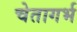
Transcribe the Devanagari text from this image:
चेतागर्भ